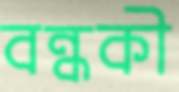
বন্ধকী